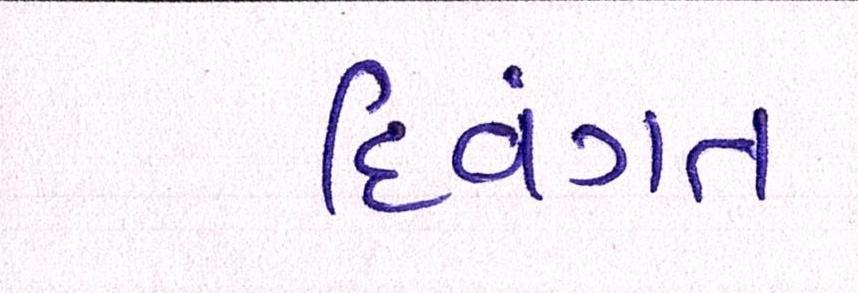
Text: દિવંગત